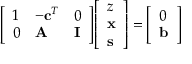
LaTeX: { \left[ \begin{array} { l l l } { 1 } & { - \mathbf { c } ^ { T } } & { 0 } \\ { 0 } & { \mathbf { A } } & { \mathbf { I } } \end{array} \right] } { \left[ \begin{array} { l } { z } \\ { \mathbf { x } } \\ { \mathbf { s } } \end{array} \right] } = { \left[ \begin{array} { l } { 0 } \\ { \mathbf { b } } \end{array} \right] }